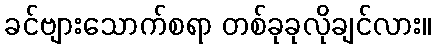
ခင်ဗျားသောက်စရာ တစ်ခုခုလိုချင်လား။